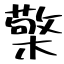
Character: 檠